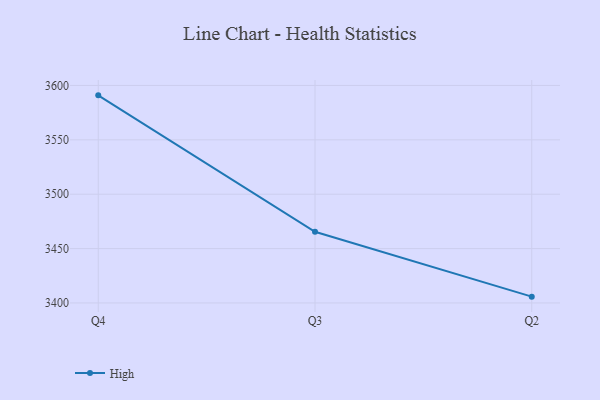
{"axis": {"x": "Quarter", "y": "Shipments"}, "legend": ["High"], "data": [{"x": "Q4", "y": 3590.9, "type": "High"}, {"x": "Q3", "y": 3465.4, "type": "High"}, {"x": "Q2", "y": 3405.8, "type": "High"}]}